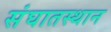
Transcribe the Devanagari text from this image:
संघातस्थान